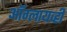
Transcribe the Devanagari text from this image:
ऑग्लायव्ही